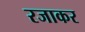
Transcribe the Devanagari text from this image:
रजाकर